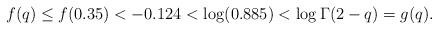
LaTeX: \begin{align*}f(q) \leq f(0.35) < -0.124 < \log(0.885) < \log \Gamma(2-q) = g(q).\end{align*}